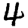
Digit: 4